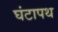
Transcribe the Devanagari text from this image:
घंटापथ